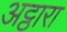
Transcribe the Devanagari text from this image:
अट्ठारा